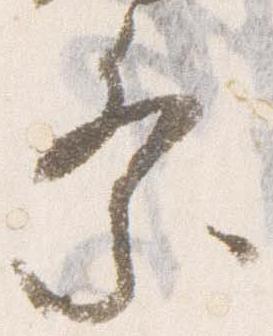
祭